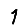
Digit: 1